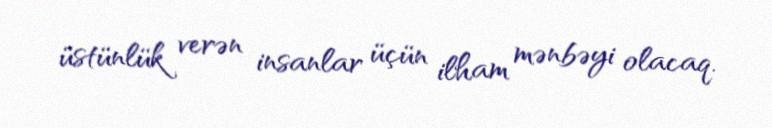
üstünlük verən insanlar üçün ilham mənbəyi olacaq.